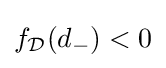
f_{\mathcal {D}}(d_{-})<0